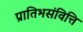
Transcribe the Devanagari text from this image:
प्रातिभसंवित्ति